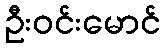
ဦးဝင်းမောင်